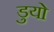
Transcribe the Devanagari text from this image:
डुयो